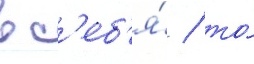
в с'еб'я́ / то́